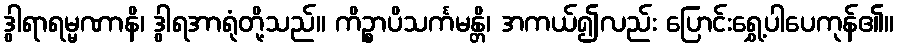
ဒွါရာရမ္မဏာနိ၊ ဒွါရအာရုံတို့သည်။ ကိဉ္စာပိသင်္ကမန္တိ၊ အကယ်၍လည်း ပြောင်းရွှေ့ပါပေကုန်၏။